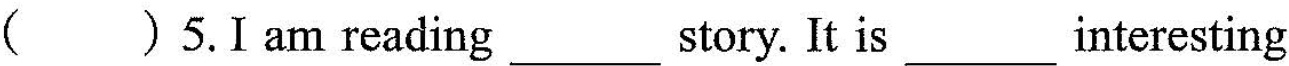
() 5.I am reading___story. It is___ interesting.